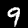
Digit: 9